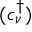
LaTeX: ( c _ { \nu } ^ { \dagger } )